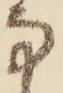
な